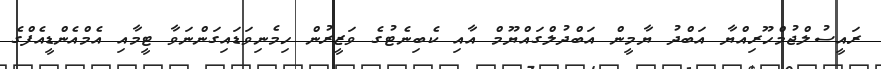
ރައީސުލްޖުމްހޫރިއްޔާ އަބްދު ޔާމީން އަބްދުލްގައްޔޫމް އާއި ކެބިނެޓުގެ ވަޒީރުން ހިމެނިވަޑައިގަންނަވާ ޓީމާއި އެމްއެންޑީއެފްގެ